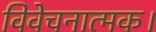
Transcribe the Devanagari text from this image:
विवेचनात्मक।